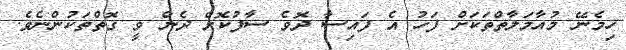
ހިމެނޭ މުއާމަލާތްތަކަށް ފަހު އެ ފައިސާ ދޮވެ ސާފުކޮށް ދެން ވީ ގޮތްތަކުންނެވެ.